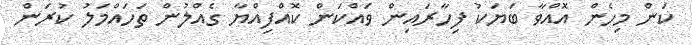
ކަން މިހެން އޮއްވާ ބަޔަކު ފިހާރައިން ވައްކަން ކޮއްފިއްޔާ ގެއްލުން ތަހައްމަލު ކުރަން